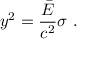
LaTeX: y ^ { 2 } = { \frac { \bar { E } } { c ^ { 2 } } } \sigma \ .